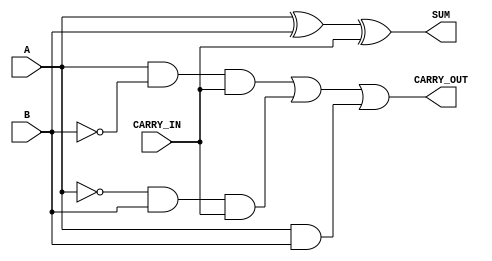
// This program was cloned from: https://github.com/nxbyte/Verilog-Projects
// License: MIT License

`timescale 1ns / 1ps

/*
    Group Members: Thomas Hudson and Warren Seto

    Lab Name: Combinational Logic
    Project Name: eng312_proj2
    Design Name: full_adder.v
    Design Description: Verilog Module for Full Adder
*/

module full_adder
(
  input A,
  input B,
  input CARRY_IN,
  output SUM,
  output CARRY_OUT
);

  // This uses two exclusive OR (XOR) gates to SUM three inputs
  assign SUM = (A ^ B) ^ CARRY_IN;

  // This uses three OR gates to detect a CARRY_OUT from three inputs
  assign CARRY_OUT = (A & ~B & CARRY_IN) | (~A & B & CARRY_IN) | (A & B);
endmodule